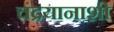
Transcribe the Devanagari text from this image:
चंद्रयानाशी